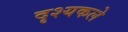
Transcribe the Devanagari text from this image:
दृश्यकले